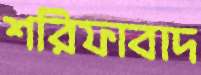
শরিফাবাদ